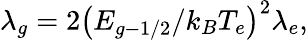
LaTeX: {\lambda_{g}}=2{\left({{E_{g-1/2}}/{k_{B}}{T_{e}}}\right)^{2}}{\lambda_{e}},